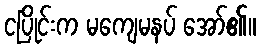
ငပြိုင်းက မကျေမနပ် အော်၏။